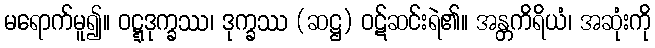
မရောက်မူ၍။ ဝဋ္ဋဒုက္ခဿ၊ ဒုက္ခဿ (ဆဋ္ဌ) ဝဋ်ဆင်းရဲ၏။ အန္တကိရိယံ၊ အဆုံးကို